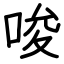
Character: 唆